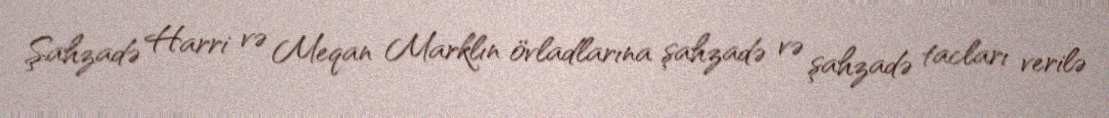
Şahzadə Harri və Meqan Marklın övladlarına şahzadə və şahzadə tacları verilə